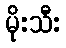
မိုးသီး